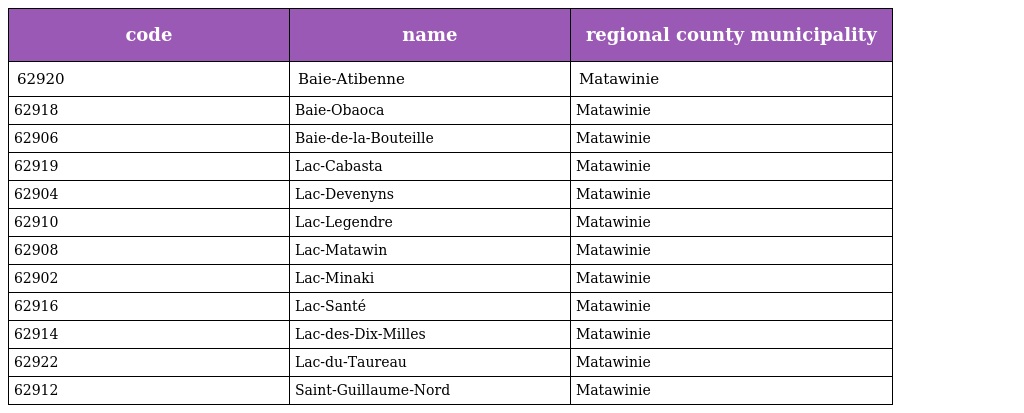
| code | name | regional county municipality |
 | --- | --- | --- |
 | 62920 | Baie-Atibenne | Matawinie |
 | 62918 | Baie-Obaoca | Matawinie |
 | 62906 | Baie-de-la-Bouteille | Matawinie |
 | 62919 | Lac-Cabasta | Matawinie |
 | 62904 | Lac-Devenyns | Matawinie |
 | 62910 | Lac-Legendre | Matawinie |
 | 62908 | Lac-Matawin | Matawinie |
 | 62902 | Lac-Minaki | Matawinie |
 | 62916 | Lac-Santé | Matawinie |
 | 62914 | Lac-des-Dix-Milles | Matawinie |
 | 62922 | Lac-du-Taureau | Matawinie |
 | 62912 | Saint-Guillaume-Nord | Matawinie |